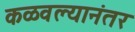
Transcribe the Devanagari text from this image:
कळवल्यानंतर